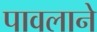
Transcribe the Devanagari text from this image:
पावलाने